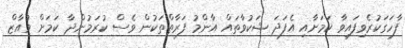
ފާހަގަކުރެވިފައިވާ ކަމަށާއި އެފަދަ ޝަކުވާތައް އާންމު ފަރާތްތަކުން ވެސް ކުރަމުންދާ ކަމަށް މުއާޒް